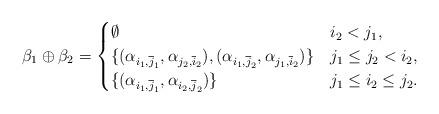
LaTeX: \begin{align*} \beta_1 \oplus \beta_2 = \begin{cases} \emptyset & i_2 < j_1, \\ \{ (\alpha_{i_1, \overline{j}_1}, \alpha_{j_2, \overline{i}_2}), (\alpha_{i_1, \overline{j}_2}, \alpha_{j_1, \overline{i}_2})\} & j_1 \leq j_2 < i_2,\\ \{ (\alpha_{i_1, \overline{j}_1}, \alpha_{i_2, \overline{j}_2}) \} & j_1 \leq i_2 \leq j_2.\\ \end{cases} \end{align*}